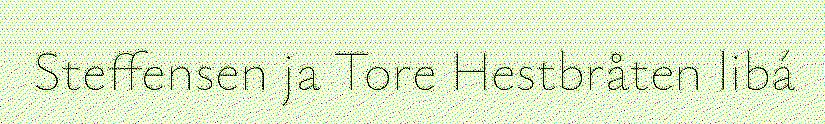
Steffensen ja Tore Hestbråten libá